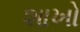
શાખો